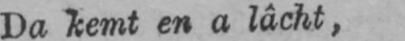
Da kemt en a lâcht,